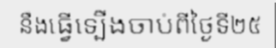
នឹងធ្វើទ្បើងចាប់ពីថ្ងៃទី២៥